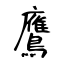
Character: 鷹